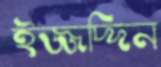
ইজ্জদ্দিন